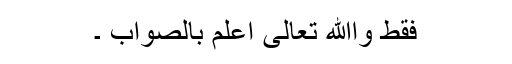
فقط واﷲ تعالیٰ اعلم بالصواب ۔